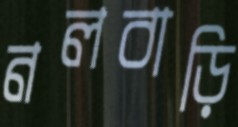
নলবাড়ি